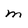
Character: m